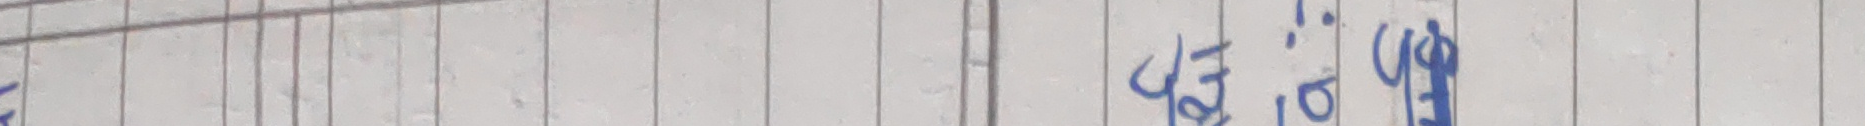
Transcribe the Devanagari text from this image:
५० : ६०
२० (६०)